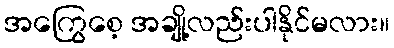
အကြွေစေ့ အချို့လည်းပါနိုင်မလား။